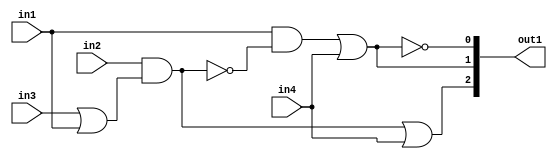
`timescale 1ps / 1ps
/*****************************************************************************
    Verilog RTL Description
    
    
    Created by: Stratus DpOpt 21.05.01 
*******************************************************************************/

module dut_gen_busy_r_4_0 (
	in1,
	in2,
	in3,
	in4,
	out1
	); /* architecture "behavioural" */ 
input  in1,
	in2,
	in3,
	in4;
output [2:0] out1;
wire  asc004,
	asc005,
	asc007,
	asc009,
	asc010,
	asc012,
	asc014;
wire [2:0] asc015;

assign asc005 = 
	(in3)
	|(in1);

assign asc004 = 
	(in2)
	&(asc005);

assign asc007 = 
	(asc004)
	|(in4);

assign asc012 = 
	((~asc004));

assign asc010 = 
	(in1)
	&(asc012);

assign asc009 = 
	(asc010)
	|(in4);

assign asc014 = 
	((~asc009));

assign asc015 = {asc007,asc009,asc014};

assign out1 = asc015;
endmodule

/* CADENCE  v7nySAo= : u9/ySxbfrwZIxEzHVQQV8Q== ** DO NOT EDIT THIS LINE ******/